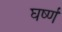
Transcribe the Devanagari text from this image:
घर्ष्ण